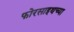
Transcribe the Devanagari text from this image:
फोरसाइथच्या